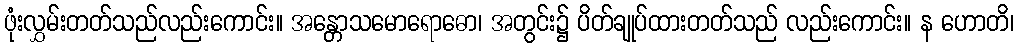
ဖုံးလွှမ်းတတ်သည်လည်းကောင်း။ အန္တောသမောရောဓော၊ အတွင်း၌ ပိတ်ချုပ်ထားတတ်သည် လည်းကောင်း။ န ဟောတိ၊